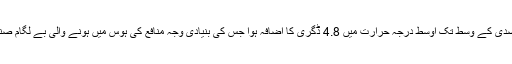
مگربیسوی صدی کے وسط تک اوسط درجہ حرارت میں 4.8 ڈگری کا اضافہ ہوا جس کی بنیادی وجہ منافع کی ہوس میں ہونے والی بے لگام صنعتکاری ہے۔